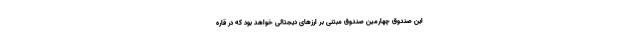
این صندوق چهارمین صندوق مبتنی بر ارزهای دیجتالی خواهد بود که در قاره